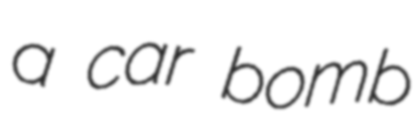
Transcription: a car bomb